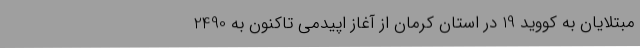
مبتلایان به کووید 19 در استان کرمان از آغاز اپیدمی تاکنون به 2490